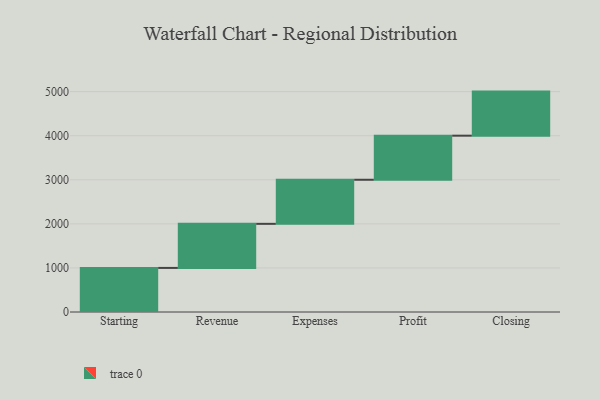
{"axis": {"x": "Step", "y": "Value"}, "legend": [""], "data": [{"x": "Starting", "y": 1000, "type": ""}, {"x": "Revenue", "y": 1000, "type": ""}, {"x": "Expenses", "y": 1000, "type": ""}, {"x": "Profit", "y": 1000, "type": ""}, {"x": "Closing", "y": 1000, "type": ""}]}